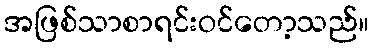
အဖြစ်သာစာရင်းဝင်တော့သည်။